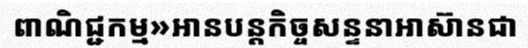
ពាណិជ្ជកម្ម»អានបន្តកិច្ចសន្ទនាអាស៊ានជា